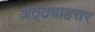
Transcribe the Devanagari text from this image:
अठ्ठ्याहत्तर